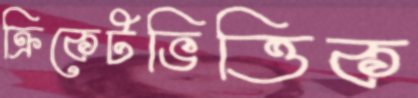
ক্রিকেটভিত্তিক